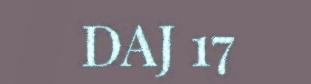
DAJ 17